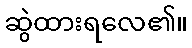
ဆွဲထားရလေ၏။